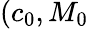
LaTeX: (c_{0},M_{0}